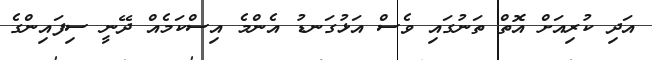
އަދި ކުރިއަށް އޮތް ތަނުގައި ވެސް އަޅުގަނޑު އެންމެ އިސްކަމެއް ދޭނީ ސިފައިންގެ